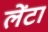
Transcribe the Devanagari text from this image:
लेंटा